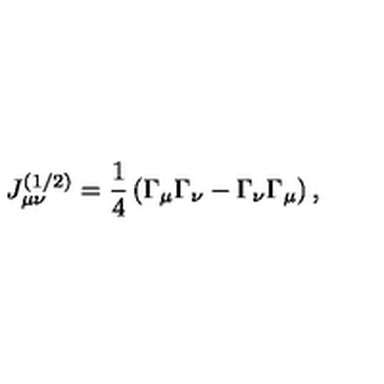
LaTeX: J _ { \mu \nu } ^ { ( 1 / 2 ) } = \frac 1 4 \left( \Gamma _ { \mu } \Gamma _ { \nu } - \Gamma _ { \nu } \Gamma _ { \mu } \right) ,